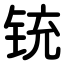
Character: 铳